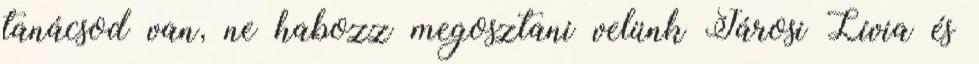
tanácsod van, ne habozz megosztani velünk Járosi Lívia és